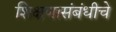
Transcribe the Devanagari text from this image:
शिक्षणासंबंधीचे